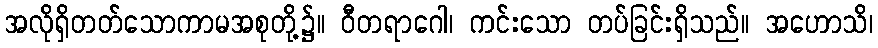
အလိုရှိတတ်သောကာမအစုတို့၌။ ဝီတရာဂေါ၊ ကင်းသော တပ်ခြင်းရှိသည်။ အဟောသိ၊